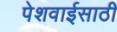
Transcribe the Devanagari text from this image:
पेशवाईसाठी